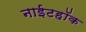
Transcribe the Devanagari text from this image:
नाईटहॉक